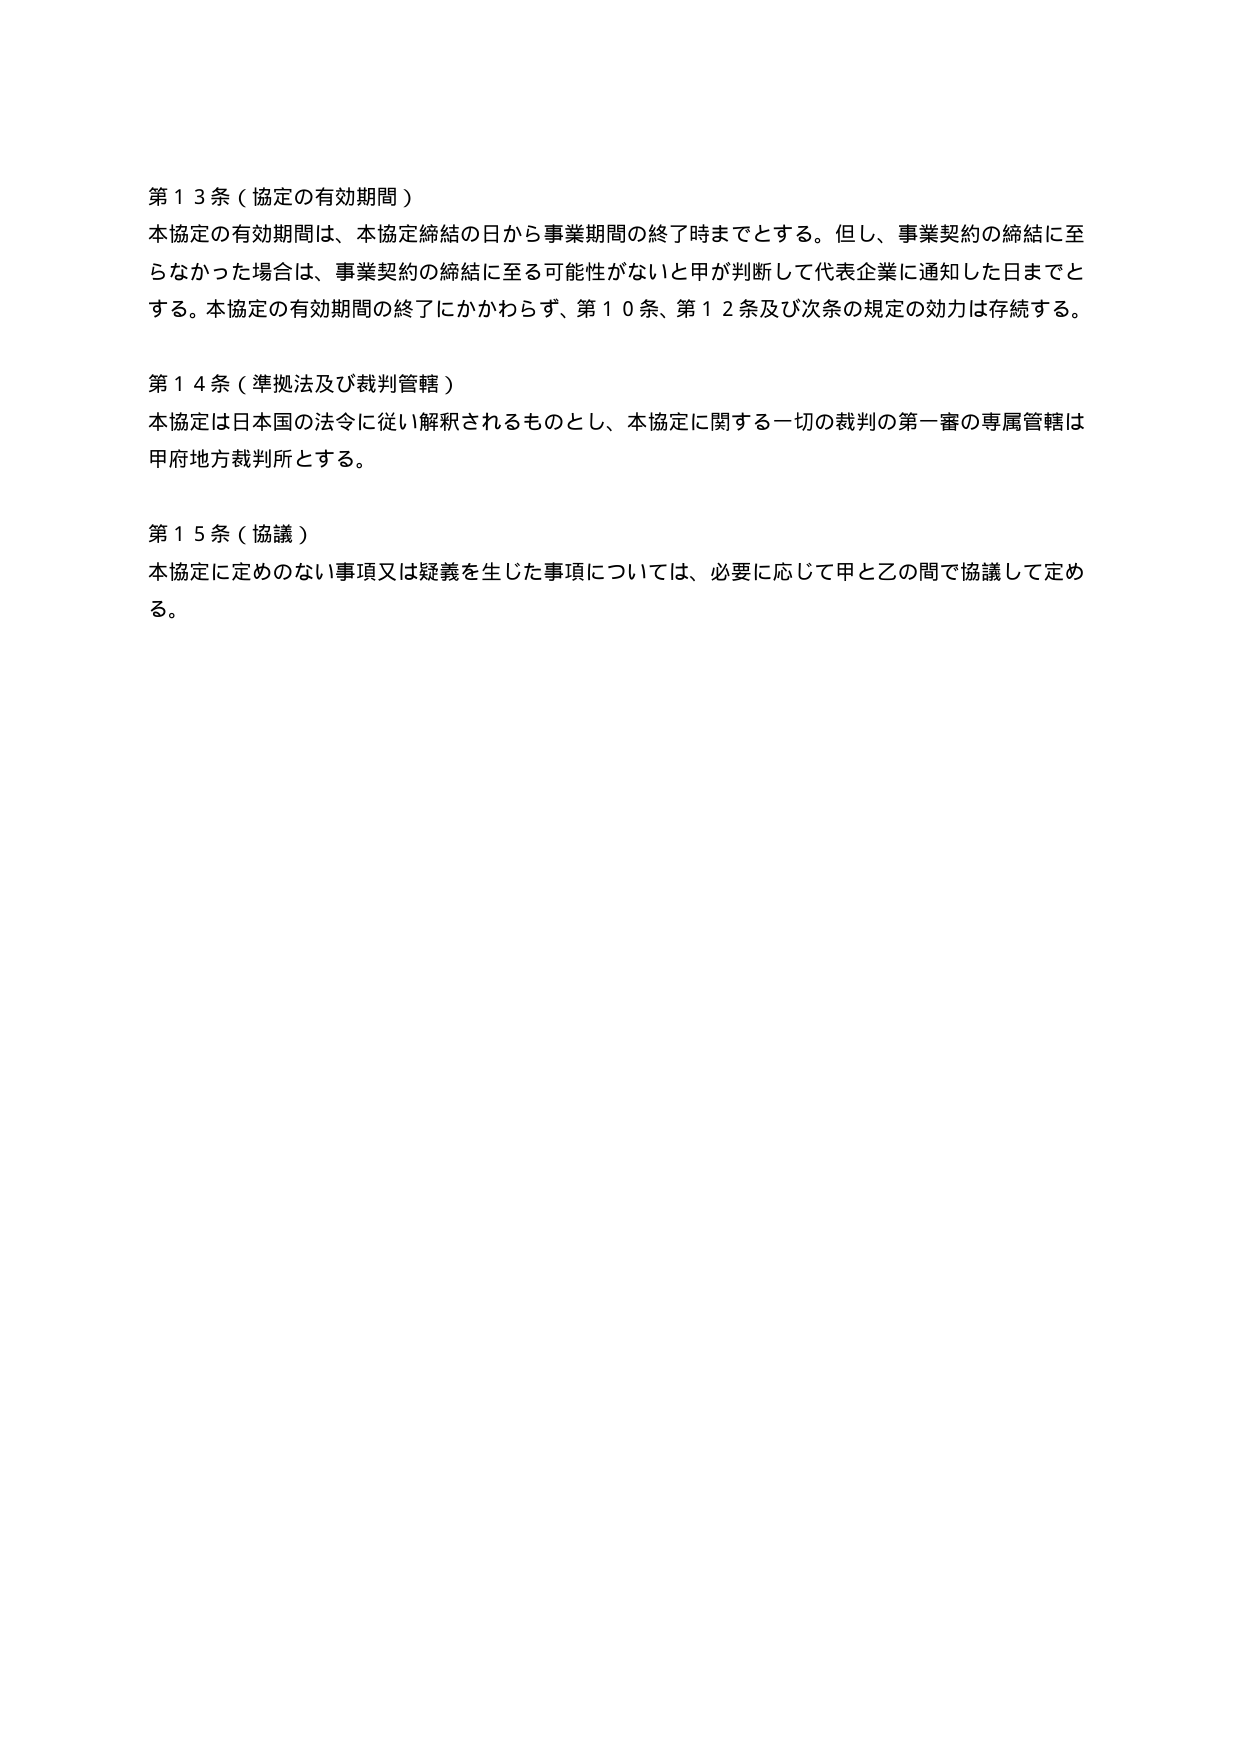
第１３条（協定の有効期間）
本協定の有効期間は、本協定締結の日から事業期間の終了時までとする。但し、事業契約の締結に至らなかった場合は、事業契約の締結に至る可能性がないと甲が判断して代表企業に通知した日までとする。本協定の有効期間の終了にかかわらず、第１０条、第１２条及び次条の規定の効力は存続する。

第１４条（準拠法及び裁判管轄）
本協定は日本国の法令に従い解釈されるものとし、本協定に関する一切の裁判の第一審の専属管轄は甲府地方裁判所とする。

第１５条（協議）
本協定に定めのない事項又は疑義を生じた事項については、必要に応じて甲と乙の間で協議して定める。